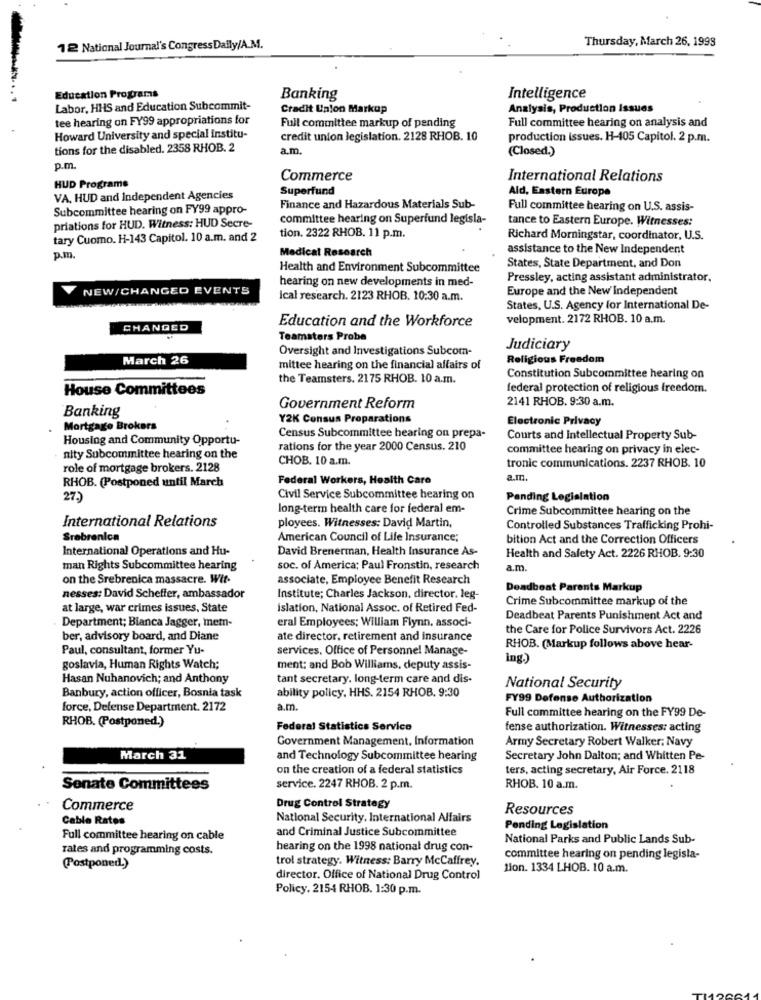
Thursday, March 26, 1998
12 National Journal's Congress Daily/A.M.
Education Programs
Banking
Intelligence
Labor, HHS and Education Subcommit-
Credit Union Markup
Analysis, Production Issues
tee hearing on FY99 appropriations for
Full committee markup of pending
Full committee hearing on analysis and
Howard University and special institu-
credit union legislation. 2128 RHOB. 10
production issues. H-405 Capitol. 2 p.m.
tions for the disabled. 2358 RHOB. 2
a.m.
(Closed.)
p.m.
Commerce
International Relations
HUD Programs
Superfund
Ald, Eastern Europe
VA, HUD and Independent Agencies
Subcommittee hearing on FY99 appro-
Finance and Hazardous Materials Sub-
Full committee hearing on U.S. assis-
committee hearing on Superfund legisla-
tance to Eastern Europe. Witnesses:
priations for HUD. Witness: HUD Secre-
tary Cuomo. H-143 Capitol. 10 a.m. and 2
tion. 2322 RHOB. 11 p.m.
Richard Morningstar, coordinator, U.S.
Medical Research
assistance to the New Independent
p.m.
Health and Environment Subcommittee
States, State Department, and Don
hearing on new developments in med-
Pressley, acting assistant administrator,
NEW/CHANGED EVENTS
Europe and the New'Independent
Ical research. 2123 RHOB. 10:30 a.m.
States, U.S. Agency for International De-
Education and the Workforce
velopment. 2172 RHOB. 10 a.m.
CHANGED
Teamsters Probe
Oversight and Investigations Subcom-
Judiciary
March 26
Religious Freedom
mittee hearing on the financial affairs of
the Teamsters. 2175 RHOB. 10 a.m.
Constitution Subcommittee hearing on
House Committees
federal protection of religious freedom.
2141 RHOB. 9:30 a.m.
Banking
Government Reform
Y2K Consus Preparations
Electronic Privacy
Mortgage Brokers
Housing and Community Opportu-
Census Subcommittee hearing on prepa-
Courts and Intellectual Property Sub-
rations for the year 2000 Census. 210
committee hearing on privacy in elec-
nity Subcommittee hearing on the
CHOB. 10 a.m.
role of mortgage brokers. 2128
tronic communications. 2237 RHOB. 10
RHOB. (Postponed until March
Federal Workers, Health Care
a.m.
27.)
Civil Service Subcommittee hearing on
Pending Legislation
long-term health care for federal em-
Crime Subcommittee hearing on the
International Relations
ployees. Witnesses: David Martin,
Controlled Substances Trafficking Prohi-
Srebrenica
American Council of Life Insurance;
bition Act and the Correction Officers
International Operations and Hu-
David Brenerman, Health Insurance As-
Health and Safety Act. 2226 RHOB. 9:30
man Rights Subcommittee hearing
soc. of America; Paul Fronstin, research
a.m.
on the Srebrenica massacre. Wif.
associate, Employee Benefit Research
Deadbeat Parents Markup
nesses: David Scheffer, ambassador
Institute; Charles Jackson, director. leg-
Crime Subcommittee markup of the
at large, war crimes issues, State
islation, National Assoc. of Retired Fed-
Department; Bianca Jagger, metn-
Deadbeat Parents Punishment Act and
eral Employees; William Flynn, associ-
the Care for Police Survivors Act. 2226
ber, advisory board, and Diane
ate director, retirement and insurance
Paul, consultant, former Yu-
services. Office of Personnel Manage-
RHOB. (Markup follows above hear-
ing.)
goslavia, Human Rights Watch;
ment: and Bob Williams, deputy assis-
Hasan Nuhanovich; and Anthony
tant secretary. long-term care and dis-
ability policy, HHS. 2154 RHOB. 9:30
National Security
Banbury, action officer, Bosnia task
FY99 Defense Authorization
force, Defense Department. 2172
a.m.
Full committee hearing on the FY99 De-
RHOB. (Postponed.)
Federal Statistics Service
fense authorization. Witnesses: acting
Government Management, Information
Army Secretary Robert Walker: Navy
March 31
and Technology Subcommittee hearing
Secretary John Dalton; and Whitten Pe-
on the creation of a federal statistics
ters, acting secretary, Air Force. 2118
Senate Committees
service. 2247 RHOB. 2 p.m.
RHOB. 10 a.m.
Commerce
Drug Control Strategy
Resources
Cable Rates
National Security, International Alfairs
and Criminal Justice Subcommittee
Pending Legislation
Full committee hearing on cable
National Parks and Public Lands Sub-
rates and programming costs.
hearing on the 1998 national drug con-
trol strategy. Witness: Barry McCaffrey.
committee hearing on pending legisla-
(Postponed.)
lion. 1334 LHOB. 10 a.m.
director. Office of National Drug Control
Policy. 2154 RHOB. 1:30 p.m.